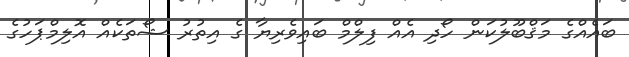
ބައެއްގެ މަޤްބޫލުކަން ހޯދި އެއް ފިލްމް ބައިވެރިޔާ ގެ އިތުރު ޝޯތަކެއް އޮލިމްޕަހުގެ